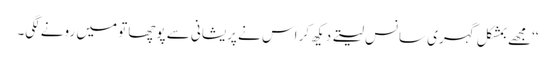
‘‘مجھے بمشکل گہری سانس لیتے دیکھ کر اس نے پریشانی سے پوچھا تو میں رونے لگی۔